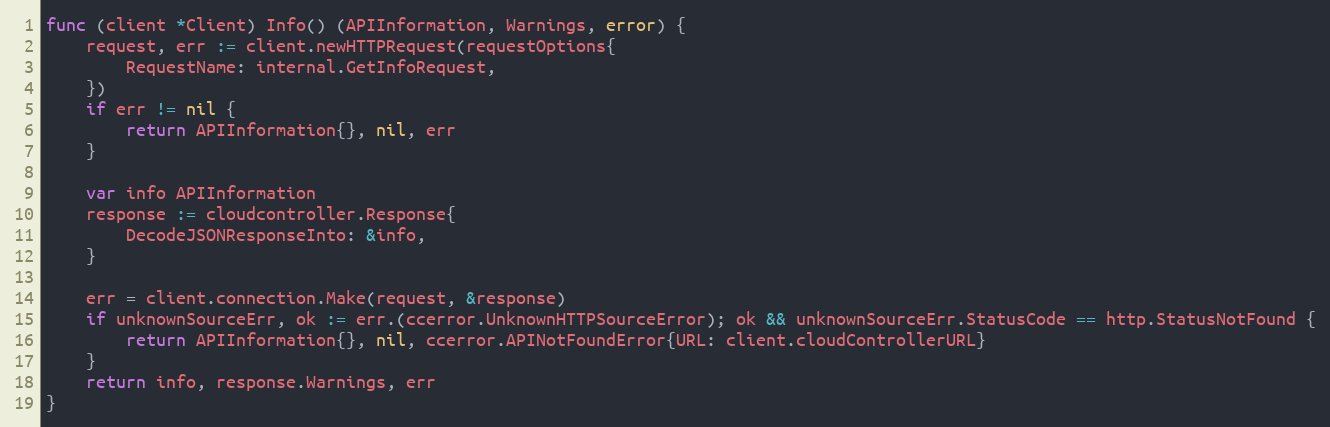
Language: Go
func (client *Client) Info() (APIInformation, Warnings, error) {
	request, err := client.newHTTPRequest(requestOptions{
		RequestName: internal.GetInfoRequest,
	})
	if err != nil {
		return APIInformation{}, nil, err
	}

	var info APIInformation
	response := cloudcontroller.Response{
		DecodeJSONResponseInto: &info,
	}

	err = client.connection.Make(request, &response)
	if unknownSourceErr, ok := err.(ccerror.UnknownHTTPSourceError); ok && unknownSourceErr.StatusCode == http.StatusNotFound {
		return APIInformation{}, nil, ccerror.APINotFoundError{URL: client.cloudControllerURL}
	}
	return info, response.Warnings, err
}